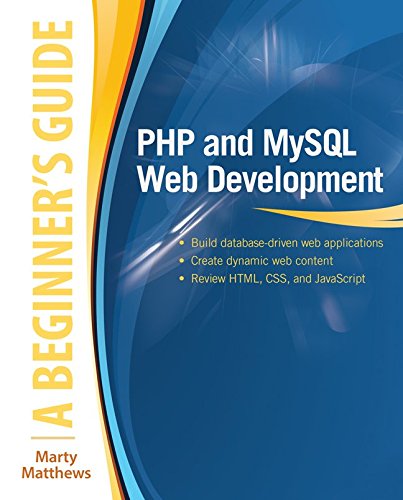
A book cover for PHP and MySQL Web Development: A Beginner's Guide; Marty Matthews; Computers & Technology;